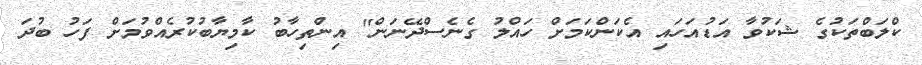
ކްލަބްތަކުގެ ޝަކުވާ އަޑުއަހައި އެކަންކަމަށް ހައްލު ގެނެސްދޭނަން" އިންތިހާބު ކާމިޔާބުކުރެއްވުމަށް ފަހު ބުދަ